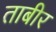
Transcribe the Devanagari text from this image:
ताबीर